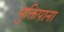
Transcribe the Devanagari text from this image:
मुक्तिपाना